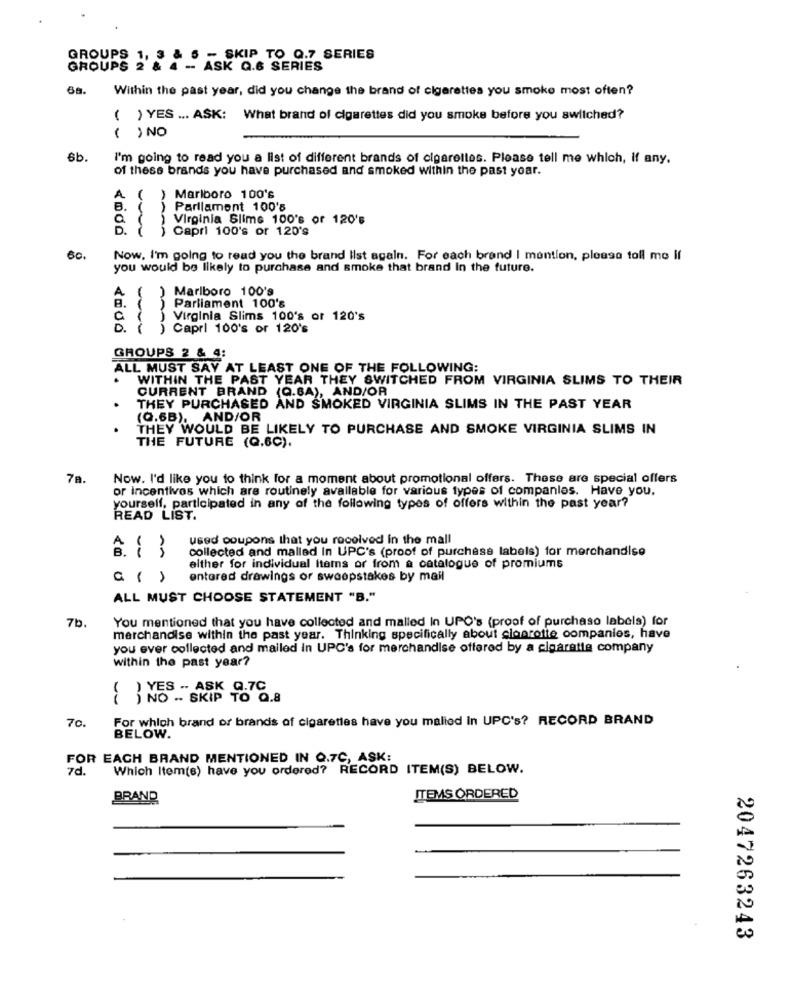
GROUPS
- SKIP TO Q.7 SERIES
GROUPS 2'S
ASK Q.6 SERIES
68.
Within the past year, did you change the brand of cigarettes you smoke most often?
( ) YES ... ASK: What brand of cigarettes did you smoke before you switched?
( ) NO
6b.
I'm going to read you a list of different brands of cigarettes. Please tell me which, if any.
of these brands you have purchased and smoked within the past year.
A ( ) Marlboro 100's
B. (
) Parllamont 100's
Virginia Slime 100's or 120's
D. () Capri 100's or 120's
60.
Now, I'm going to read you the brand list again. For each brand I mention, please toll mo il
you would be likely to purchase and smoke that brand In the future.
) Marlboro 100's
Parliament 100's
8.
Virginia Slims 100's or 120's
Capri 100's or 120's
GROUPS 2 & 4:
ALL MUST SAY AT LEAST ONE OF THE FOLLOWING:
.
WITHIN THE PAST YEAR THEY SWITCHED FROM VIRGINIA SLIMS TO THEIR
CURRENT BRAND (Q.BA), AND/OR
THEY PURCHASED AND SMOKED VIRGINIA SLIMS IN THE PAST YEAR
(Q.6B), AND/OR
THEY WOULD BE LIKELY TO PURCHASE AND SMOKE VIRGINIA SLIMS IN
THE FUTURE (Q.6C).
78.
Now. I'd like you to think for a moment about promotional offers. These are special offers
or incentives which are routinely available for various types of companies. Have you.
yourself, participated in any of the following types of offers within the past year?
READ LIST.
used coupons that you received in the mall
An
collected and malled In UPC's (proof of purchase labels) for merchandise
either for individual Items or from a catalogue of promiums
a ()
entered drawings or sweepstakes by mail
ALL MUST CHOOSE STATEMENT "B."
7b.
You mentioned that you have collected and malled In UPO's (proof of purchase labels) for
merchandise within the past year. Thinking specifically about cioprotte companies, have
you ever collected and mailed In UPC's for merchandise offered by a cigarette company
within the past year?
() YES -. ASK Q.7C
) NO - SKIP TO Q.8
70.
For which brand of brands of cigarettes have you malied in UPC's? RECORD BRAND
BELOW.
FOR EACH BRAND MENTIONED IN Q.7C, ASK:
7d.
Which Item(s) have you ordered? RECORD ITEM(S) BELOW.
BRAND
ITEMS ORDERED
2047263243